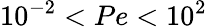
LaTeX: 10^{-2}<Pe<10^{2}